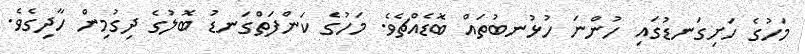
މަހުގެ ހަށިގަނޑުގައި ހުންނަ ހުޅުނބުތައް ބޮޑެއްޗެވެ. މަހުގެ ކަންފަތްގަނޑު ބޮލުގެ ދިގުމިން ހާދިގެވެ.